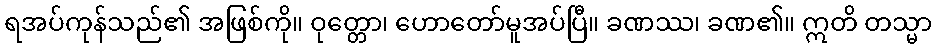
ရအပ်ကုန်သည်၏ အဖြစ်ကို။ ဝုတ္တော၊ ဟောတော်မူအပ်ပြီ။ ခဏဿ၊ ခဏ၏။ ဣတိ တသ္မာ